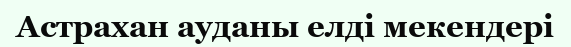
Астрахан ауданы елді мекендері